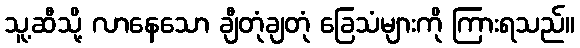
သူ့ဆီသို့ လာနေသော ချီတုံချတုံ ခြေသံများကို ကြားရသည်။